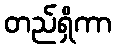
တည်ရှိကာ